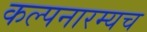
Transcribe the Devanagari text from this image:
कल्पनारम्यच